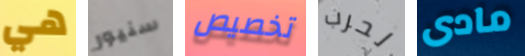
هي سنيور تخصيص لحرب مادى